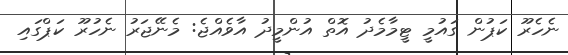
ނެހެރޫ ކަޕުން ގައުމީ ޓީމާމެދު އޮތް އުންމީދު އާވެއްޖެ: މެނޭޖަރު ނެހުރޫ ކަޕްގައި